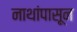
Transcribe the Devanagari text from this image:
नाथांपासून